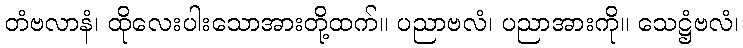
တံဗလာနံ၊ ထိုလေးပါးသောအားတို့ထက်။ ပညာဗလံ၊ ပညာအားကို။ သေဋ္ဌံဗလံ၊